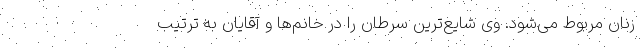
زنان مربوط می‌شود. وی شایع‌ترین سرطان را در خانم‌ها و آقایان به ترتیب